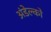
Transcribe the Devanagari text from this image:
अंडेल्को